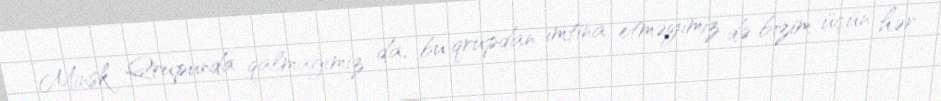
Minsk Qrupunda qalmağımız da, bu qrupdan imtina etməyimiz də bizim üçün hər